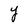
Character: Y